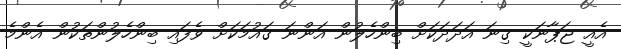
އެއީ ޖަޕާނަކީ ގިނަ އަދަދަކަށް ބިންހެލުން އަންނަ ގައުމަކަށް ވެފައި ބިންހެލުންތަކުން އެންމެ